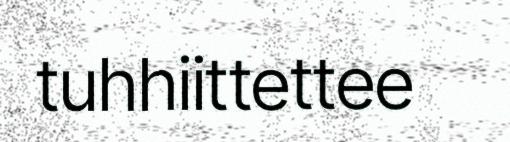
tuhhiittettee